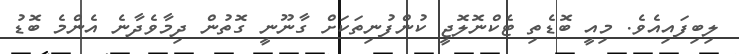
ލިބިފައިއެވެ. މިއީ ބޮޑެތި ޓެކްނޮލޮޖީ ކުންފުނިތަކަށް ގާނޫނީ ގޮތުން ދިމާވެދާނެ އެންމެ ބޮޑު